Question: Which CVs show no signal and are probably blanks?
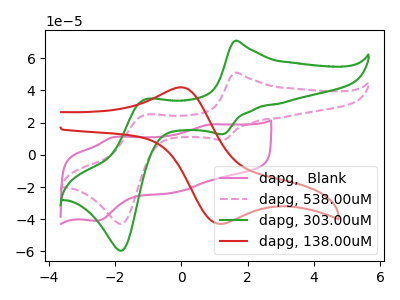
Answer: <think>The pink curve "dapg,  Blank" has anodic peaks at (0.90V, 18.90uA) (-2.05V, 10.90uA) and cathodic peaks at (-0.20V, -23.25uA) (-2.60V, -41.00uA). The pink dashed curve "dapg, 538.00uM" has anodic peaks at (1.60V, 50.95uA) (-1.10V, 24.80uA) and cathodic peaks at (1.25V, 9.20uA) (-1.80V, -42.80uA). The green curve "dapg, 303.00uM" has anodic peaks at (1.60V, 70.75uA) (-1.10V, 34.45uA) and cathodic peaks at (1.25V, 12.80uA) (-1.80V, -59.45uA). The red curve "dapg, 138.00uM" has an anodic peak at (-0.05V, 41.90uA) and a cathodic peak at (1.25V, -42.80uA).</think>
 <answer>There are not any CV's on this graph that are likely to be blanks.</answer>
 <eval>none</eval>